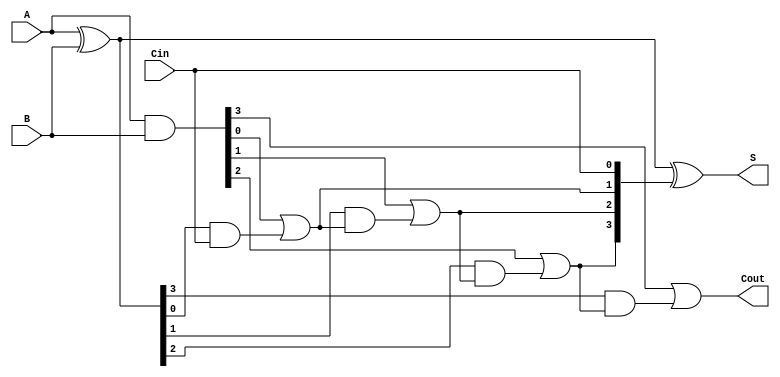
module LingAdder #(parameter N = 4) (
    input  [N-1:0] A,      // First n-bit input
    input  [N-1:0] B,      // Second n-bit input
    input          Cin,     // Carry-in
    output [N-1:0] S,      // Sum output
    output         Cout     // Carry-out
);

    wire [N-1:0] G;        // Generate signals
    wire [N-1:0] P;        // Propagate signals
    wire [N:0] C;          // Carry signals (C[0] = Cin)

    // Generate and Propagate logic
    assign G = A & B;          // G[i] = A[i] * B[i]
    assign P = A ^ B;          // P[i] = A[i] XOR B[i]

    // Carry generation
    assign C[0] = Cin;         // Initial carry-in
    genvar i;
    generate
        for (i = 0; i < N; i = i + 1) begin : carry_gen
            assign C[i + 1] = G[i] | (P[i] & C[i]); // C[i+1] = G[i] + (P[i] * C[i])
        end
    endgenerate

    // Sum calculation
    assign S = P ^ C[N-1:0];   // S[i] = P[i] XOR C[i]

    // Final carry-out
    assign Cout = C[N];        // Cout = C[N]

endmodule